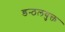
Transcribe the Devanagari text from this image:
डन्ठलयुक्त